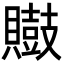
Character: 𪔡